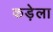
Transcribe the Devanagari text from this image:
कड़ेला